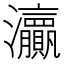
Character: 𱪞